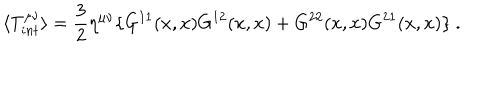
\langle T _ { i n t } ^ { \mu \nu } \rangle = \frac { 3 } { 2 } \eta ^ { \mu \nu } \{ G ^ { 1 1 } ( x , x ) G ^ { 1 2 } ( x , x ) + G ^ { 2 2 } ( x , x ) G ^ { 2 1 } ( x , x ) \} \ .